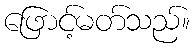
ဖြောင့်မတ်သည်။